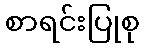
စာရင်းပြုစု